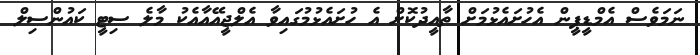
ނަމަވެސް އެމްޑީޕީން އެހުށައެޅުމަށް ތާއީދުކޮށް އެ ހުށައެޅުމުގައިވާ އެލްޖީއޭއާއެކު މާލެ ސިޓީ ކައުންސިލް